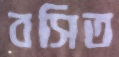
বসিত